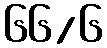
၆၆/၆